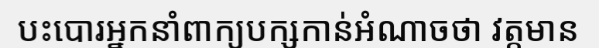
បះបោរអ្នកនាំពាក្យបក្សកាន់អំណាចថា វត្តមាន